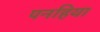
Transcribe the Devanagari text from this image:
पनहिया